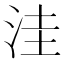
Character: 洼